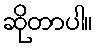
ဆိုတာပါ။